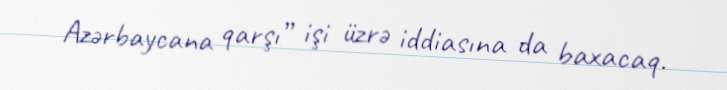
Azərbaycana qarşı” işi üzrə iddiasına da baxacaq.